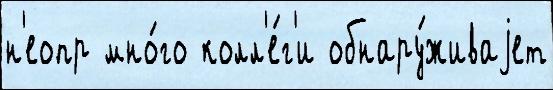
н'еопр мно́го колл'е́г'и обнару́живаjет